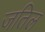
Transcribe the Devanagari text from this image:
जतिल